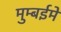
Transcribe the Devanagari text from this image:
मुम्बईमें